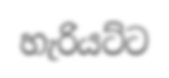
හැරියට්ට